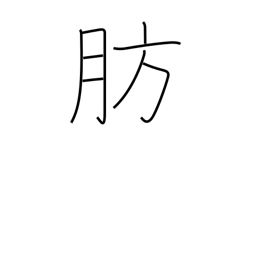
Meaning: obese